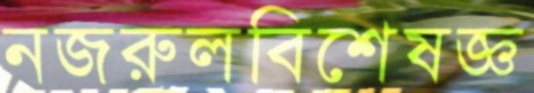
নজরুলবিশেষজ্ঞ